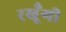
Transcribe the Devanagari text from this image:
रखूँगी